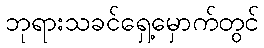
ဘုရားသခင်ရှေ့မှောက်တွင်